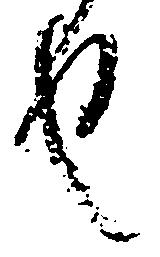
也